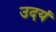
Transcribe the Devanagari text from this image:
उदयं